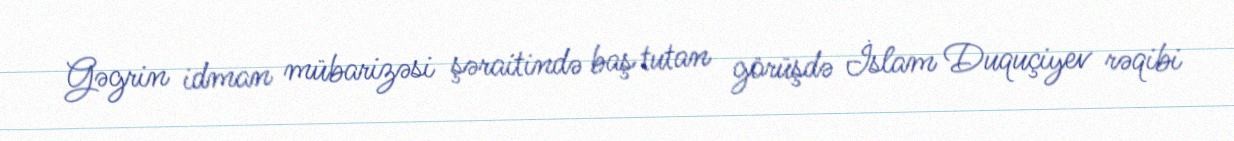
Gəgrin idman mübarizəsi şəraitində baş tutan görüşdə İslam Duquçiyev rəqibi